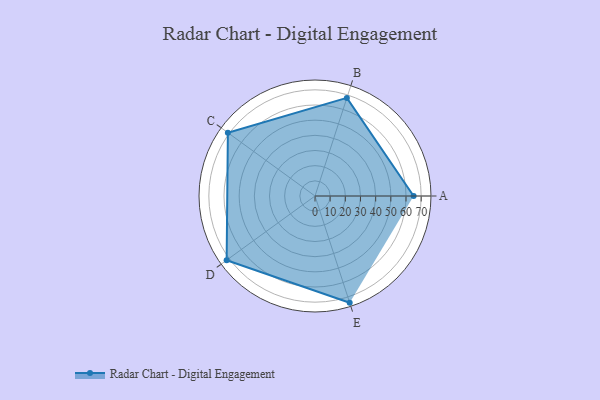
{"axis": {"x": "Skill", "y": "Score"}, "legend": ["Profile"], "data": [{"x": "A", "y": 65.0, "type": "Profile"}, {"x": "B", "y": 68.0, "type": "Profile"}, {"x": "C", "y": 71.0, "type": "Profile"}, {"x": "D", "y": 72.0, "type": "Profile"}, {"x": "E", "y": 74.0, "type": "Profile"}]}